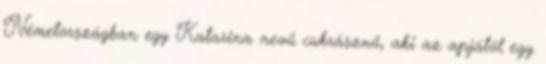
Németországban egy Katarina nevű cukrásznő, aki az apjától egy